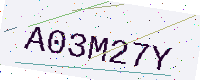
Text: A03M27Y